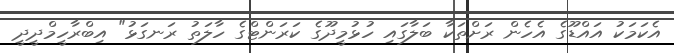
އެކަމަކު އައްޑޫގެ އެހެން ރަށްތަކާ ބަލާގައި ހުޅުމީދޫގެ ކަރަންޓްގެ ހާލަތު ރަނގަޅު" އިބްރާހީމްދީދީ